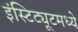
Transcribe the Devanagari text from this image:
इंस्टिट्यूटमध्ये